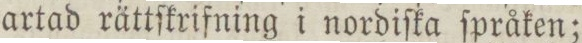
artad rättſkrifning i nordiſka ſpråken;